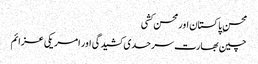
محسن ِ پاکستان اور محسن کشی
چین بھارت سرحدی کشیدگی اور امریکی عزائم